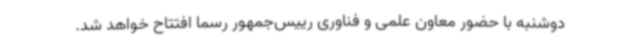
دوشنبه با حضور معاون علمی و فناوری رییس‌جمهور رسما افتتاح خواهد شد.